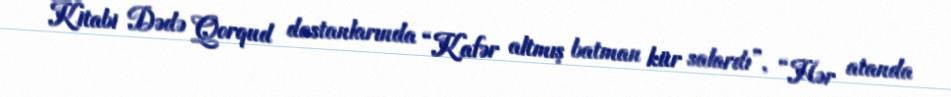
Kitabi Dədə Qorqud dastanlarında “Kafər altmış batman kür salardı”, “Hər atanda